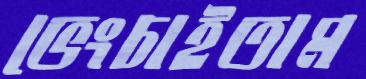
ভেংচাইতাম